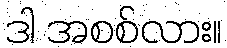
ဒါ အစစ်လား။